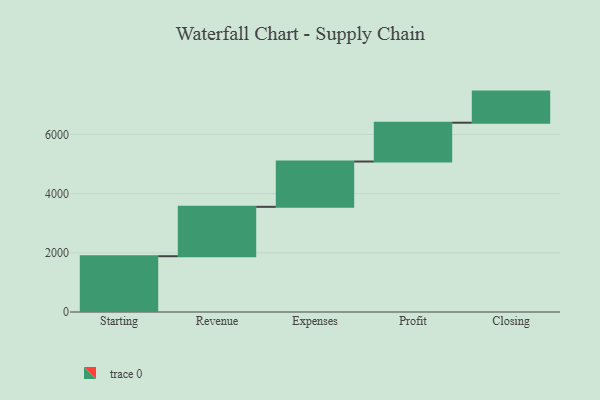
{"axis": {"x": "Step", "y": "Value"}, "legend": [""], "data": [{"x": "Starting", "y": 1886.0, "type": ""}, {"x": "Revenue", "y": 1670.0, "type": ""}, {"x": "Expenses", "y": 1532.0, "type": ""}, {"x": "Profit", "y": 1312.0, "type": ""}, {"x": "Closing", "y": 1052.0, "type": ""}]}